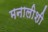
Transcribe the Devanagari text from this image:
मनालीशी